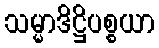
သမ္မာဒိဋ္ဌိပစ္စယာ